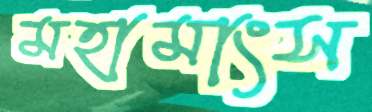
মহামাংস